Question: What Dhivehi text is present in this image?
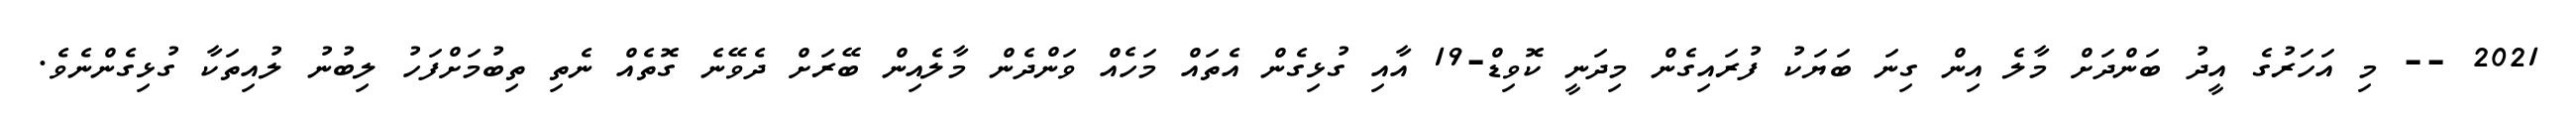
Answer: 2021 -- މި އަހަރުގެ އީދު ބަންދަށް މާލެ އިން ގިނަ ބަޔަކު ފުރައިގެން މިދަނީ ކޮވިޑް-19 އާއި ގުޅިގެން އެތައް މަހެއް ވަންދެން މާލެއިން ބޭރަށް ދެވޭނެ ގޮތެއް ނެތި ތިބުމަށްފަހު ލިބުނު ލުއިތަކާ ގުޅިގެންނެވެ.